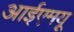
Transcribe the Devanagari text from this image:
आईएमयू